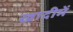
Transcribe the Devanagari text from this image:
खादीमें